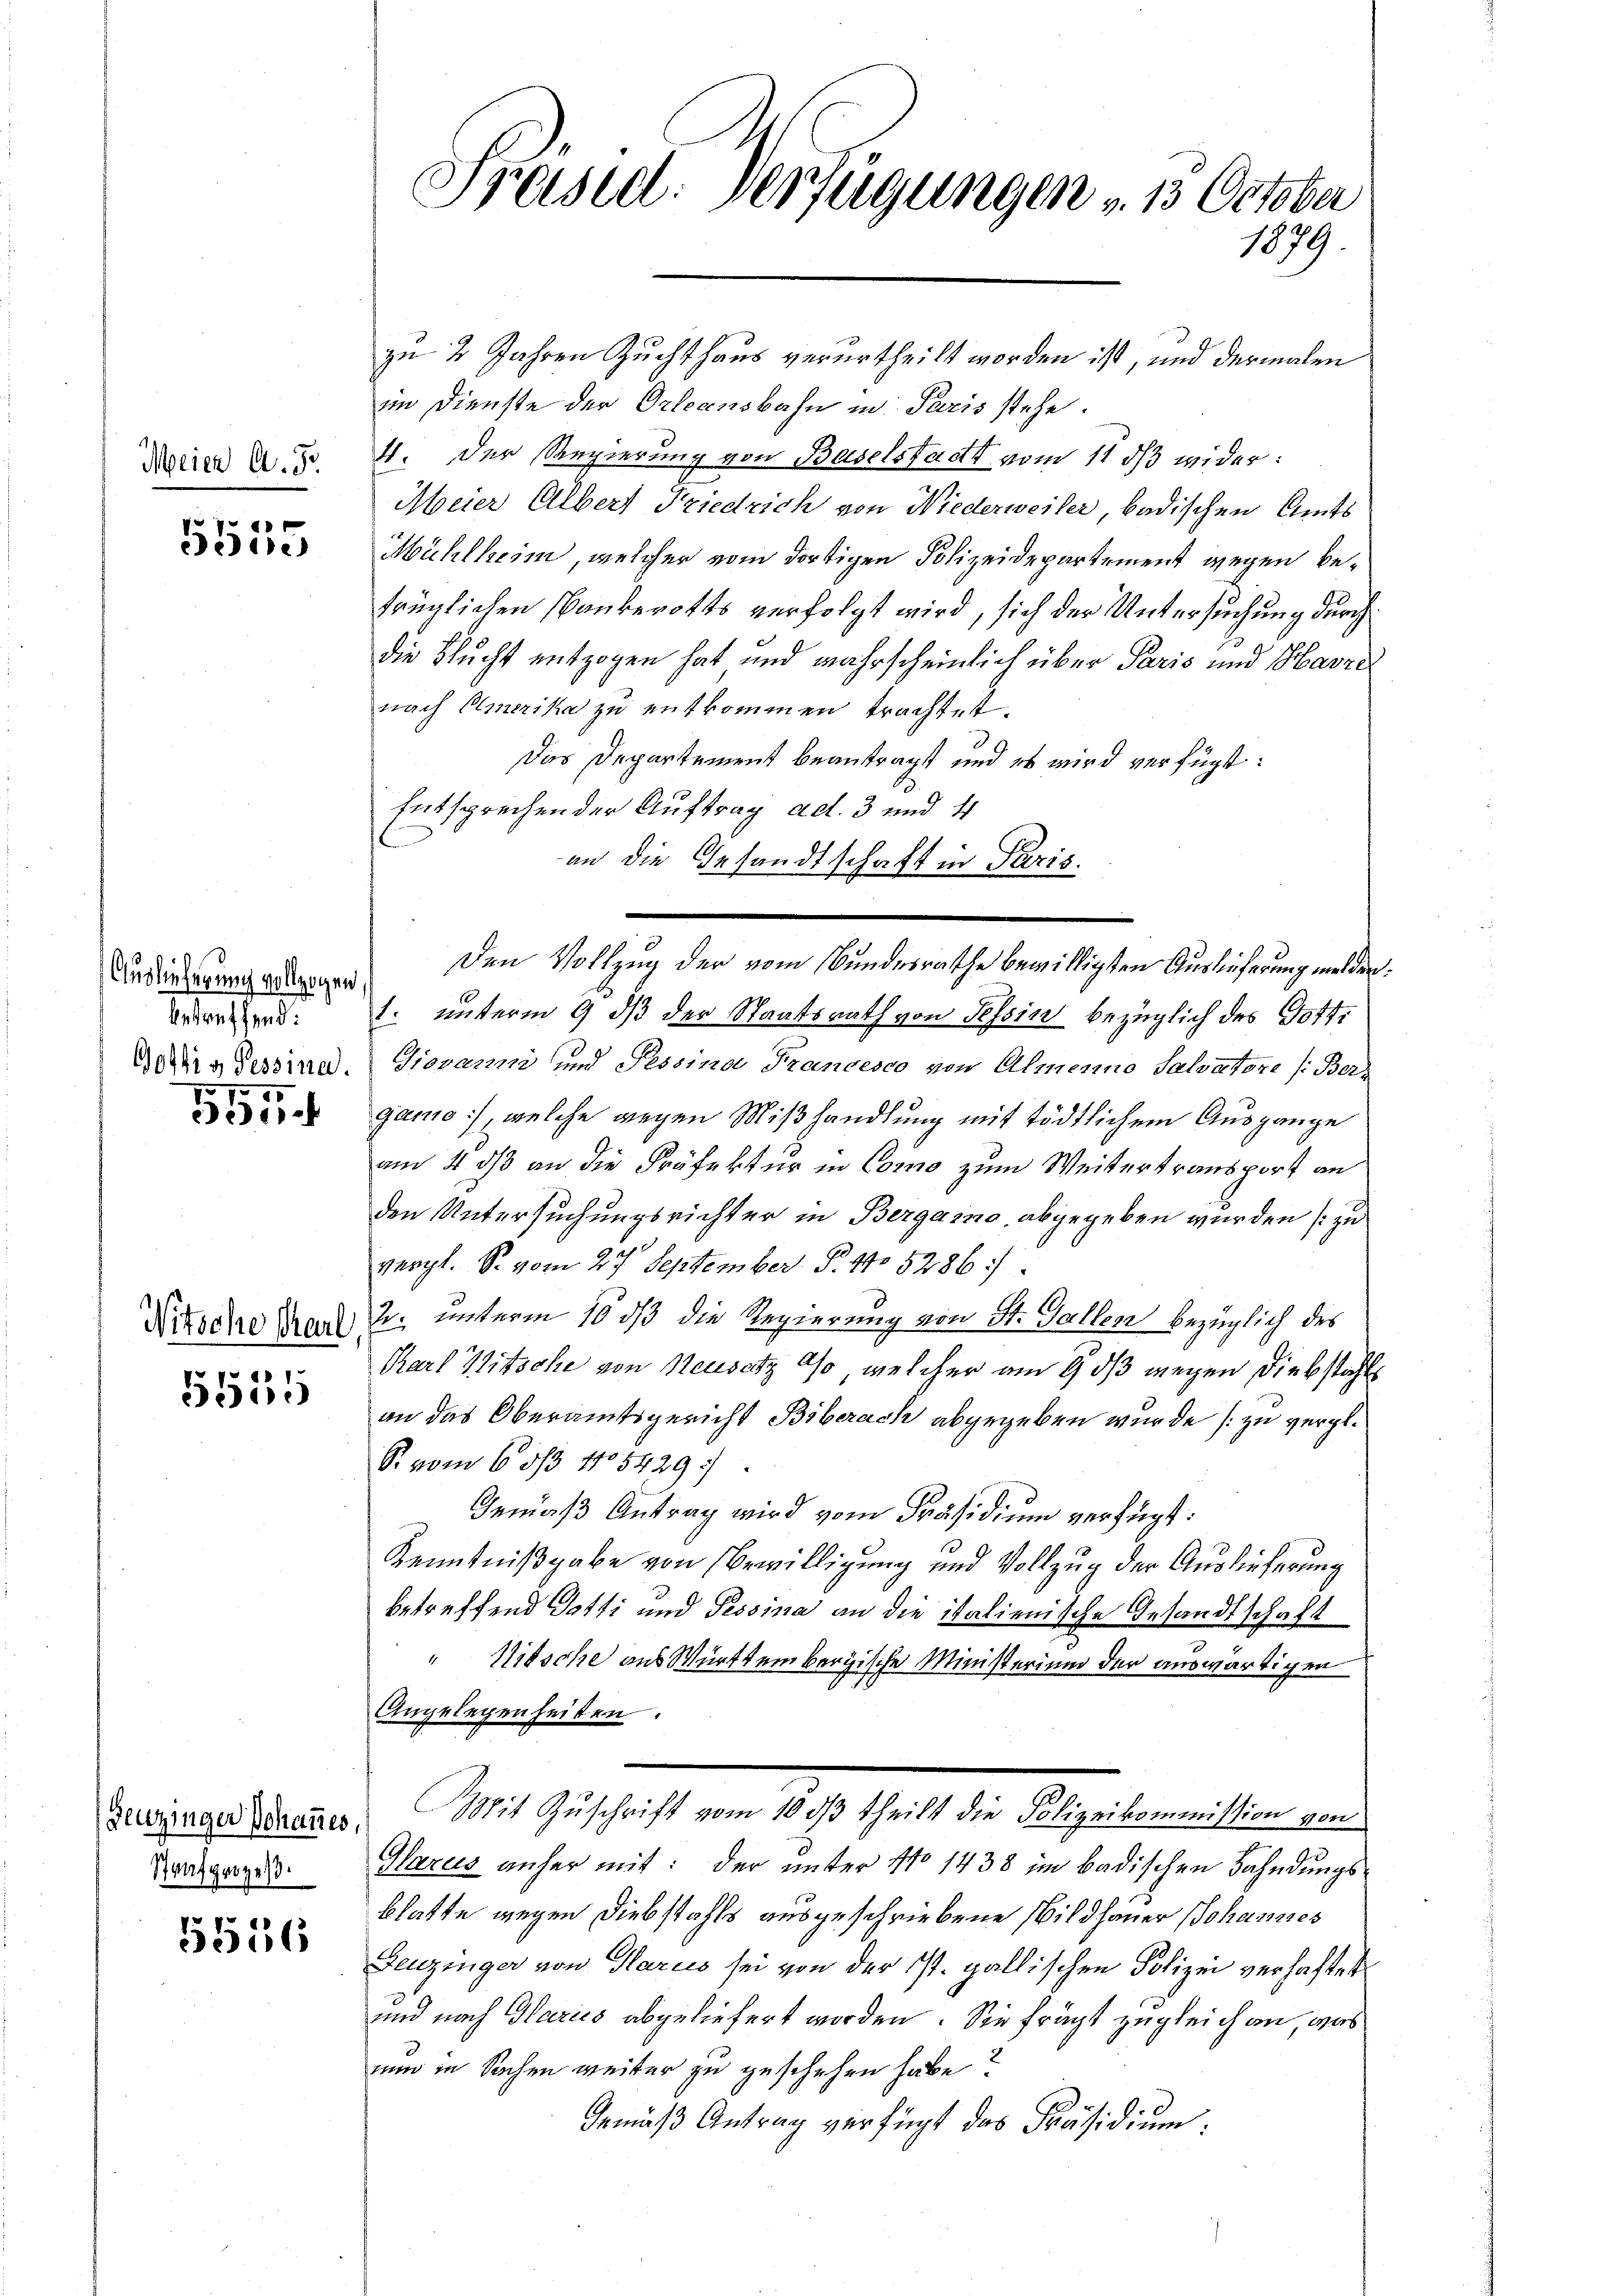
Meier A. 5.

7
dedie

Auslieferung vollzogen
betreffend:
Gostig Tessina.
95

e

Nitsche Charl

5555

Leuzinger Johannes,
Strafgerzes

5556

Präsidl. Verfügungen v. 13. October
1879

zu 2 Jahren Zuchthaus verurtheilt worden ist, und dermalen
im Dienste der Orleansbahn in Paris stehe.
4. Der Regierung von Baselstadt vom 11 dβ wider:
Meier Albert Friedrich von Niederweiler, badischen Amts
Mühlheim, welcher vom dortigen Polizeidepartement wegen betrüglichen Bankerotts verfolgt wird, sich der Untersuchung durch
die Flucht entzogen hat und wahrscheinlich über Paris und Harze
nach Amerika zu entkommen trachtet.
Das Departement beantragt und es wird verfügt:
s
Entsprechen der Auftrag ad. 3 und 4
an die Gesandtschaft in Paris.
t. unterm 9 dß der Staatsrath von Tessin bezüglich des Gott.
Giovann und Pessina Francesco von Almenno Salvatore /: Berganio), welche wegen Mißhandlung mit tödtlichem Ausgange
am 4. ds an die Präfektur in Como zum Weitertransport an
den Untersuchungsrichter in Bergaino, abgegeben wurden (zu
vergl. S. vom 27. September P. No 5286:
2. unterm 10 dß die Regierung von St. Gallen bezüglich des
Karl Witsche von Neusatz aso, welcher am 9. ds wegen Diebstahls
an das Oberamtsgericht Biberach abgegeben wurde zu vergl.
S. vom 6 8/3 1108429).
Gemäß Antrag wird vom Präsidium verfügt:
Kenntnißgabe von Bewilligung und Vollzug der Auslieferung
betreffend Dotti und Tessina an die italienische Gesandtschaft
Nitsche aus Württembergische Ministerium der auswärtigen
Angelegenheiten.
Mit Zuschrift vom 10. dβ theilt die Polizeikommission von
Glarus anher mit: der unter No 1438 im badischen Fahndungs
blatte wegen Diebstahls ausgeschriebene Wildhauer Johannes
Leuzinger von Harus sei von der ist. gallischen Polizei verhaftet
und nach Glarus abgeliefert worden. Sie frägt zugleich an, was
uud in Sachen weiter zu geschehen habe?
Gemäß Antrag verfügt das Präsidium.

Den Vollzug der vom Bundesrathe bewilligsten Auslieferung melden.